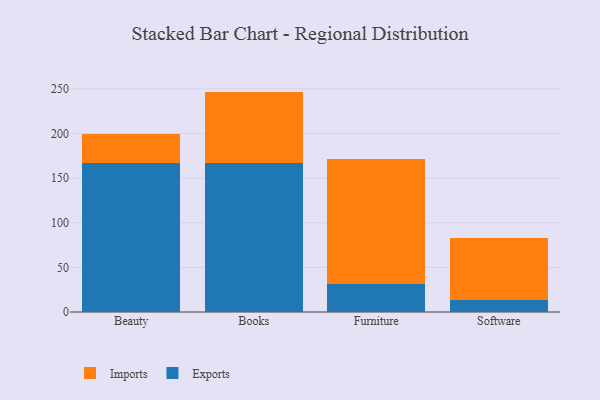
{"axis": {"x": "Category", "y": "Bounce Rate (%)"}, "legend": ["Exports", "Imports"], "data": [{"x": "Beauty", "y": 166.5, "type": "Exports"}, {"x": "Beauty", "y": 32.4, "type": "Imports"}, {"x": "Books", "y": 167.3, "type": "Exports"}, {"x": "Books", "y": 79.6, "type": "Imports"}, {"x": "Furniture", "y": 31.8, "type": "Exports"}, {"x": "Furniture", "y": 139.3, "type": "Imports"}, {"x": "Software", "y": 13.7, "type": "Exports"}, {"x": "Software", "y": 69.0, "type": "Imports"}]}